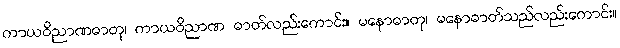
ကာယဝိညာဏဓာတု၊ ကာယဝိညာဏ ဓာတ်လည်းကောင်း။ မနောဓာတု၊ မနောဓာတ်သည်လည်းကောင်း။